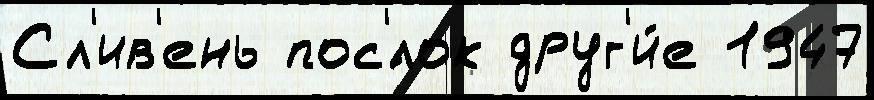
Сл'ив'ень пос'́лок друг'и́е 1947